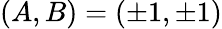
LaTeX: (A,B)=(\pm 1,\pm 1)